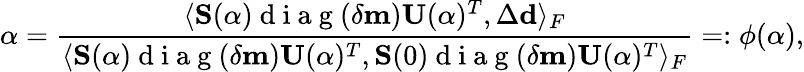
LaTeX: \alpha=\frac{\langle\mathbf{S}(\alpha)\mathrm{~d~i~a~g~}(\delta\mathbf{m})\mathbf{U}(\alpha)^{T},\Delta\mathbf{d}\rangle_{F}}{\langle\mathbf{S}(\alpha)\mathrm{~d~i~a~g~}(\delta\mathbf{m})\mathbf{U}(\alpha)^{T},\mathbf{S}(0)\mathrm{~d~i~a~g~}(\delta\mathbf{m})\mathbf{U}(\alpha)^{T}\rangle_{F}}=:\phi(\alpha),